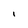
Character: I